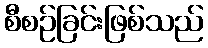
စီစဉ်ခြင်းဖြစ်သည်